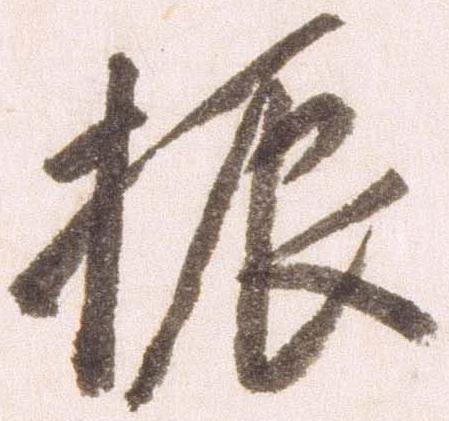
振